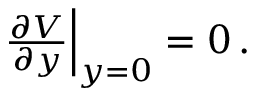
\begin{array} { r } { \left. \frac { \partial V } { \partial y } \right\rvert _ { y = 0 } = 0 \, . } \end{array}